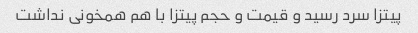
پیتزا سرد رسید و قیمت و حجم پیتزا با هم همخونی نداشت